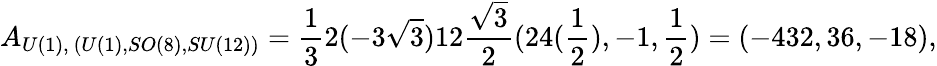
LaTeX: A_{U(1),~(U(1),SO(8),SU(12))}=\frac{1}{3}2(-3\sqrt{3})12\frac{\sqrt{3}}{2}(24(\frac{1}{2}),-1,\frac{1}{2})=(-432,36,-18),